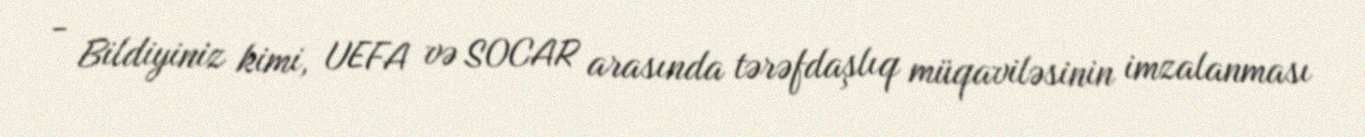
- Bildiyiniz kimi, UEFA və SOCAR arasında tərəfdaşlıq müqaviləsinin imzalanması